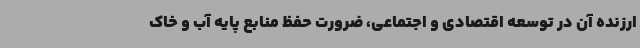
ارزنده آن در توسعه اقتصادی و اجتماعی، ضرورت حفظ منابع پایه آب و خاک